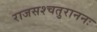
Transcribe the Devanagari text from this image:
राजसश्चतुराननः